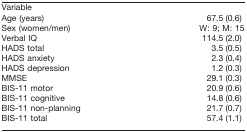
| Variable |  |
 | --- | --- |
 | Age (years) | 67.5 (0.6) |
 | Sex (women/men) | W: 9; M: 15 |
 | Verbal IQ | 114.5 (2.0) |
 | HADS total | 3.5 (0.5) |
 | HADS anxiety | 2.3 (0.4) |
 | HADS depression | 1.2 (0.3) |
 | MMSE | 29.1 (0.3) |
 | BIS-11 motor | 20.9 (0.6) |
 | BIS-11 cognitive | 14.8 (0.6) |
 | BIS-11 non-planning | 21.7 (0.7) |
 | BIS-11 total | 57.4 (1.1) |